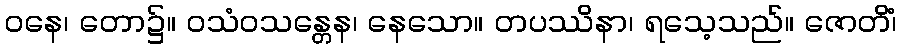
ဝနေ၊ တော၌။ ဝသံဝသန္တေန၊ နေသော။ တပဿိနာ၊ ရသေ့သည်။ ဇောတိံ၊